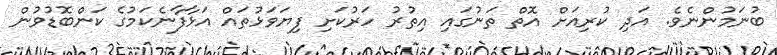
ބުނަމުންނެވެ. އަދި ކުރިއަށް އޮތް ތަނުގައި އިތުރު ހަރުކަށި ފިޔަވަޅުތައް އަޅާފާނެކަމުގެ ކަންބޮޑުވުން